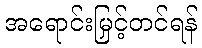
အရောင်းမြှင့်တင်ရန်